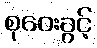
စုဝေးခွင့်